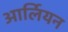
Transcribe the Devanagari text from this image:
आर्लियन